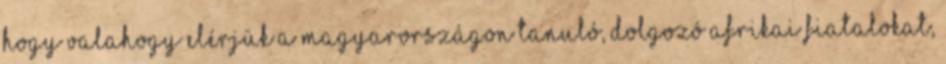
hogy valahogy elérjük a magyarországon tanuló, dolgozó afrikai fiatalokat,